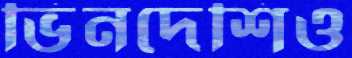
ভিনদেশিও